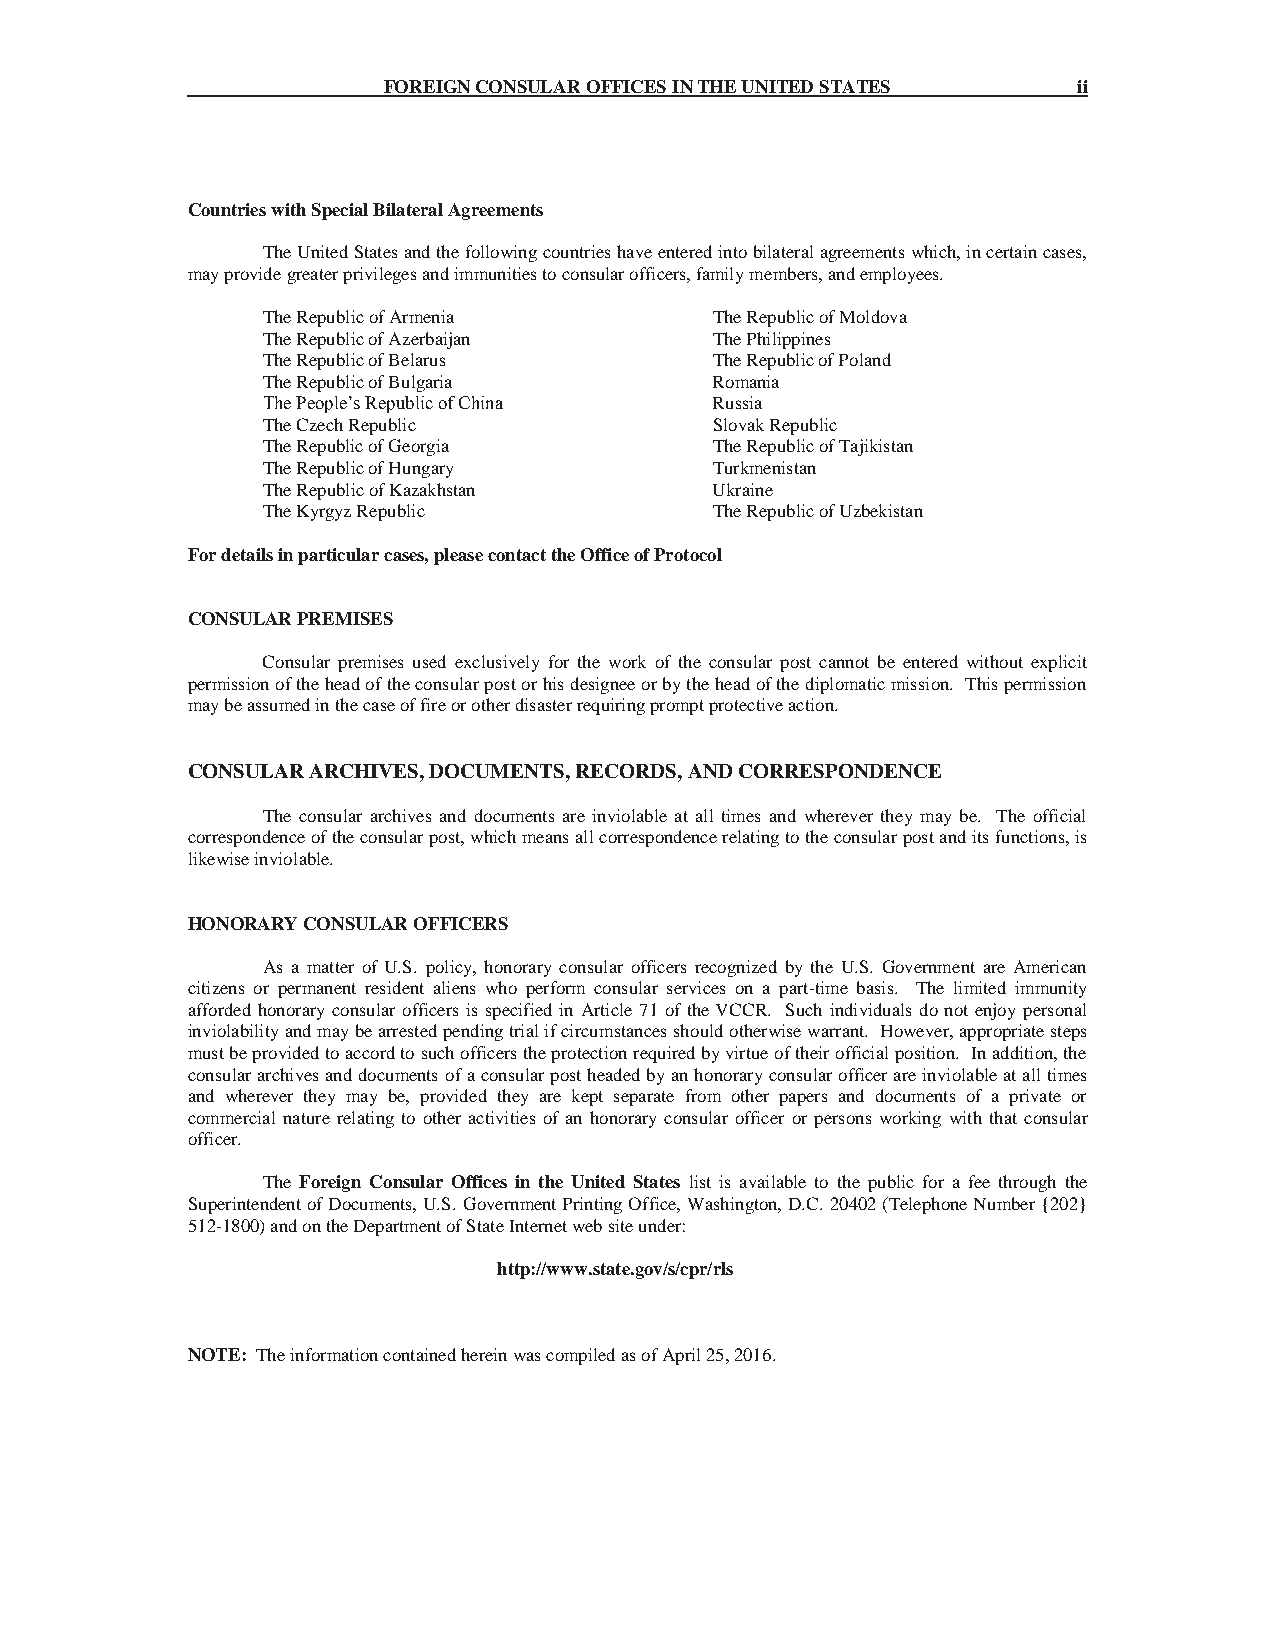
FOREIGN CONSULAR OFFICES IN THE UNITED STATES ii
 Countries with Special Bilateral Agreements
 The United States and the following countries have entered into bilateral agreements which, in certain cases,
 may provide greater privileges and immunities to consular officers, family members, and employees.
 The Republic of Armenia       The Republic of Moldova
 The Republic of Azerbaijan    The Philippines
 The Republic of Belarus       The Republic of Poland
 The Republic of Bulgaria      Romania
 The People’s Republic of China Russia
 The Czech Republic            Slovak Republic
 The Republic of Georgia       The Republic of Tajikistan
 The Republic of Hungary       Turkmenistan
 The Republic of Kazakhstan    Ukraine
 The Kyrgyz Republic           The Republic of Uzbekistan
 For details in particular cases, please contact the Office of Protocol
 CONSULAR PREMISES
 Consular premises used exclusively for the work of the consular post cannot be entered without explicit
 permission of the head of the consular post or his designee or by the head of the diplomatic mission. This permission
 may be assumed in the case of fire or other disaster requiring prompt protective action.
 CONSULAR ARCHIVES, DOCUMENTS, RECORDS, AND CORRESPONDENCE
 The consular archives and documents are inviolable at all times and wherever they may be. The official
 correspondence of the consular post, which means all correspondence relating to the consular post and its functions, is
 likewise inviolable.
 HONORARY CONSULAR OFFICERS
 As a matter of U.S. policy, honorary consular officers recognized by the U.S. Government are American
 citizens or permanent resident aliens who perform consular services on a part-time basis. The limited immunity
 afforded honorary consular officers is specified in Article 71 of the VCCR. Such individuals do not enjoy personal
 inviolability and may be arrested pending trial if circumstances should otherwise warrant. However, appropriate steps
 must be provided to accord to such officers the protection required by virtue of their official position. In addition, the
 consular archives and documents of a consular post headed by an honorary consular officer are inviolable at all times
 and wherever they may be, provided they are kept separate from other papers and documents of a private or
 commercial nature relating to other activities of an honorary consular officer or persons working with that consular
 officer.
 The Foreign Consular Offices in the United States list is available to the public for a fee through the
 Superintendent of Documents, U.S. Government Printing Office, Washington, D.C. 20402 (Telephone Number {202}
 512-1800) and on the Department of State Internet web site under:
 http://www.state.gov/s/cpr/rls
 NOTE: The information contained herein was compiled as of April 25, 2016.